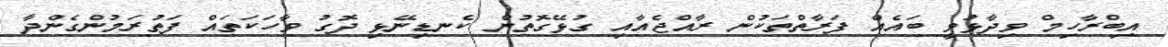
އިބްރާހިމް ވިދާޅުވީ ބައެއް ފަރާތްތަކުން ރާއްޖެއާއި ގުޅޭގޮތުން ކެނޑިނޭޅި ދޮގު ވާހަކަތައް ފަތުރަމުންގެންދާ